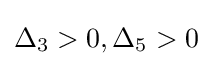
\Delta _{3}>0,\Delta _{5}>0